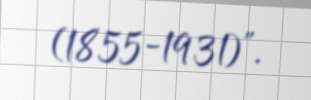
(1855-1931)".